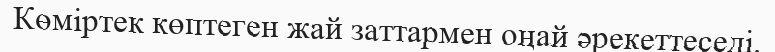
Көміртек көптеген жай заттармен оңай әрекеттеседі.